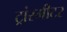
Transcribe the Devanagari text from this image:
ट्रांस्मीटर